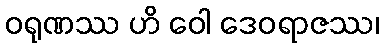
ဝရုဏဿ ဟိ ဝေါ ဒေဝရာဇဿ၊